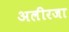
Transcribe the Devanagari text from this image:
अलीरजा